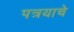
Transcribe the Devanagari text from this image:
पत्रयाचे